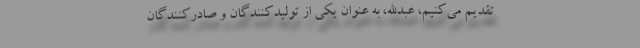
تقدیم می‌کنیم، عبدالله، به عنوان یکی از تولیدکنندگان و صادرکنندگان